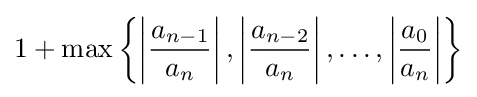
1+\max \left\{\left|{\frac {a_{n-1}}{a_{n}}}\right|,\left|{\frac {a_{n-2}}{a_{n}}}\right|,\ldots ,\left|{\frac {a_{0}}{a_{n}}}\right|\right\}